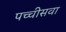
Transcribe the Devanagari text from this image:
पच्चीसवा